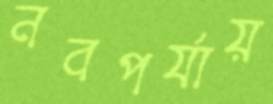
নবপর্যায়